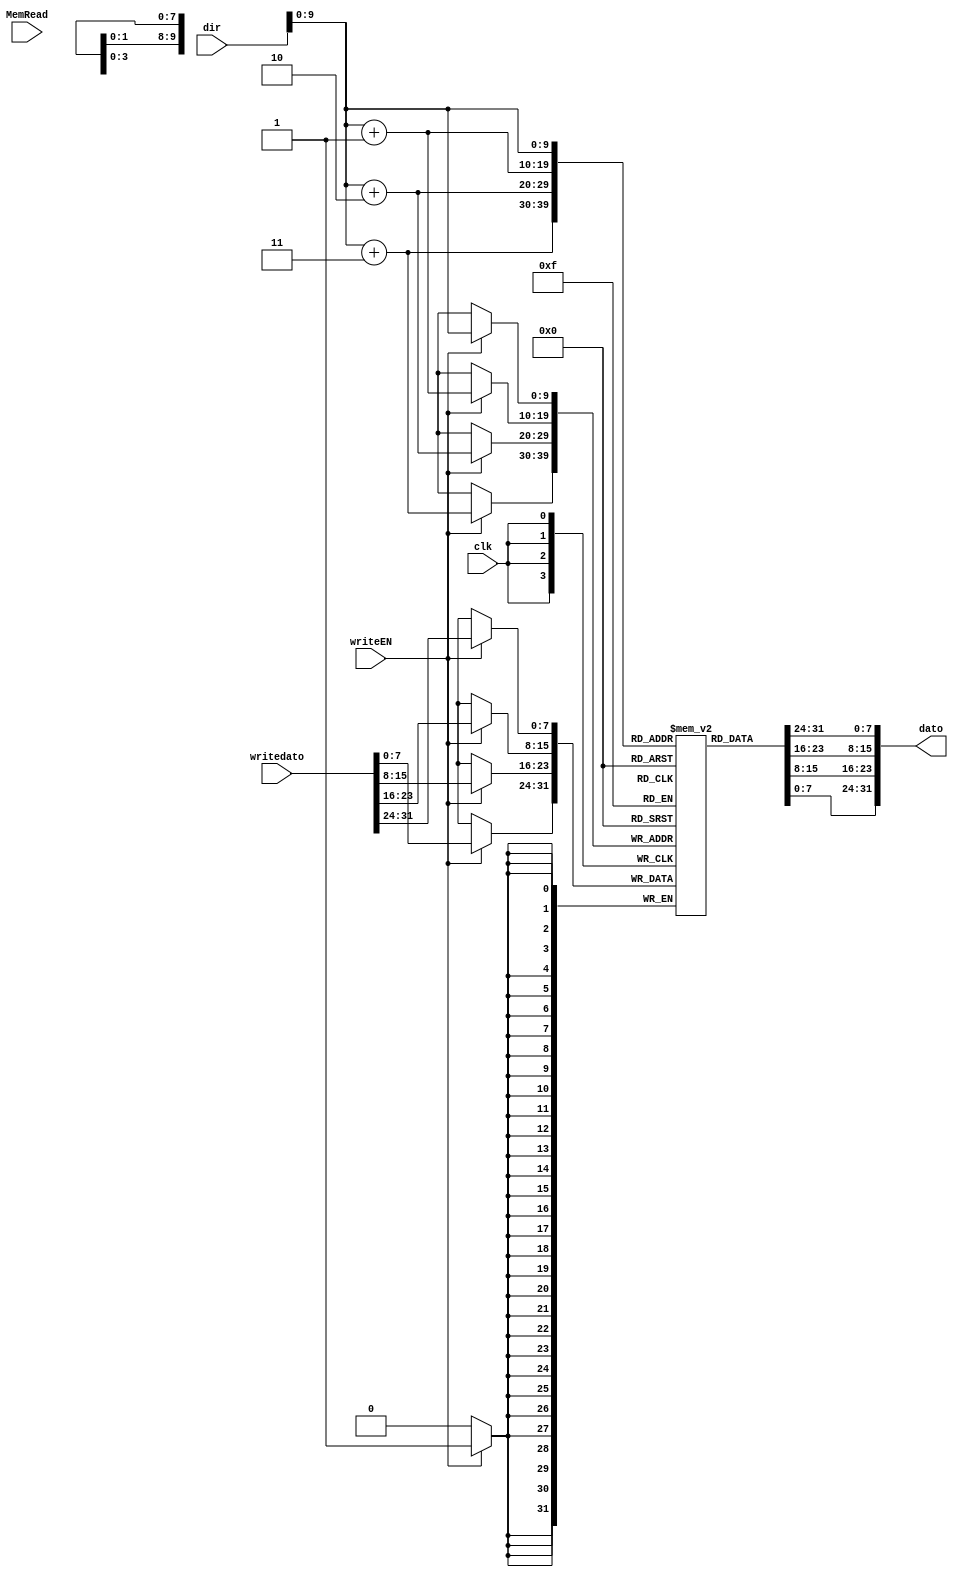
`timescale 1ns / 1ps
//////////////////////////////////////////////////////////////////////////////////
// Company: 
// Engineer: 
// 
// Design Name: 
// Module Name: dataMem
// Project Name: 
// Target Devices: 
// Tool Versions: 
// Description: 
// 
// Dependencies: 
// 
// Revision:
// Revision 0.01 - File Created
// Additional Comments:
// 
//////////////////////////////////////////////////////////////////////////////////


module dataMem(
dato,
dir,
writedato, //para escribir dato
writeEN, //para habilitar el dato
MemRead, //para leer en la memoria
clk
);

//se declaran las salidas y entradas de la memoria de datos
input [31:0] dir, writedato;
input writeEN,MemRead, clk;
output [31:0] dato;

reg [7:0] datamem[1023:0];
reg [31:0] temp;

//se usa la compuerta buf en la cual el dato de entrada es el mismo de la salida, asi se almacenan en temp los datos
buf #1000  
   buf0(dato[0],temp[0]),
   buf1(dato[1],temp[1]),
   buf2(dato[2],temp[2]),
   buf3(dato[3],temp[3]),
   buf4(dato[4],temp[4]),
   buf5(dato[5],temp[5]),
   buf6(dato[6],temp[6]),
   buf7(dato[7],temp[7]),
   buf8(dato[8],temp[8]),
   buf9(dato[9],temp[9]),
   buf10(dato[10],temp[10]),
   buf11(dato[11],temp[11]),
   buf12(dato[12],temp[12]),
   buf13(dato[13],temp[13]),
   buf14(dato[14],temp[14]),
   buf15(dato[15],temp[15]),
   buf16(dato[16],temp[16]),
   buf17(dato[17],temp[17]),
   buf18(dato[18],temp[18]),
   buf19(dato[19],temp[19]),
   buf20(dato[20],temp[20]),
   buf21(dato[21],temp[21]),
   buf22(dato[22],temp[22]),
   buf23(dato[23],temp[23]),
   buf24(dato[24],temp[24]),
   buf25(dato[25],temp[25]),
   buf26(dato[26],temp[26]),
   buf27(dato[27],temp[27]),
   buf28(dato[28],temp[28]),
   buf29(dato[29],temp[29]),
   buf30(dato[30],temp[30]),
   buf31(dato[31],temp[31]);

always @(posedge clk) //si se habilita la escritura separo de acucerdo a la direccin los 8 bits para escribibr el dato en memoria
 if (writeEN)
 begin
  datamem[dir]=writedato[31:24];
  datamem[dir+1]=writedato[23:16];
  datamem[dir+2]=writedato[15:8];
  datamem[dir+3]=writedato[7:0];
 end
 
always @(dir or datamem[dir] or datamem[dir+1] or datamem[dir+2] or datamem[dir+3])
 begin
  temp={datamem[dir],datamem[dir+1],datamem[dir+2],datamem[dir+3]};
 end
 
endmodule